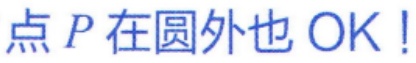
点 \(P\) 在圆外也 OK！